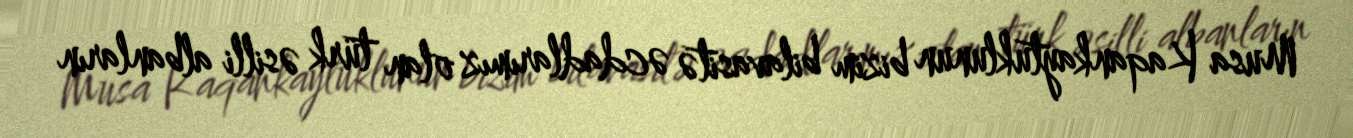
Musa Kaqankaytuklunun bizim bilavasitə əcdadlarımız olan türk əsilli albanların